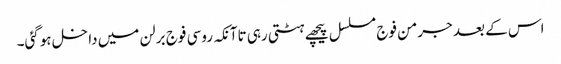
اس کے بعد جرمن فوج مسلسل پیچھے ہٹتی رہی تاآنکہ روسی فوج برلن میں داخل ہوگئی۔